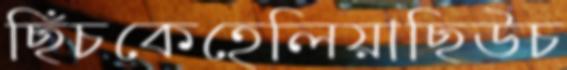
ছিঁচকেহেলিয়াছিউচ